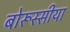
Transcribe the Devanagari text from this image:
बोरूस्सीया